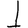
Digit: 1